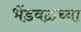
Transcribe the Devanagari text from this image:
भेंडवळच्या